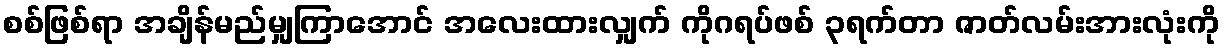
စစ်ဖြစ်ရာ အချိန်မည်မျှကြာအောင် အလေးထားလျှက် ကိုဂရပ်ဖစ် ၃ရက်တာ ဇာတ်လမ်းအားလုံးကို